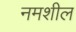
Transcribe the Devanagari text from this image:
नमशील